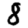
Digit: 8